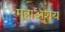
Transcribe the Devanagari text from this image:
मूत्राअशय